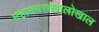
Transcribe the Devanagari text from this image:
महानगरांखालोखाल